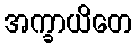
အက္ခာယိတေ